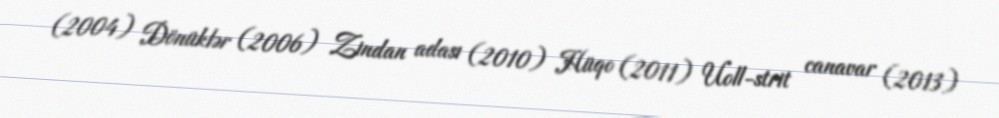
(2004) Dönüklər (2006) Zindan adası (2010) Hüqo (2011) Uoll-strit canavar (2013)